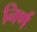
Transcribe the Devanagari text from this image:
निर्ण